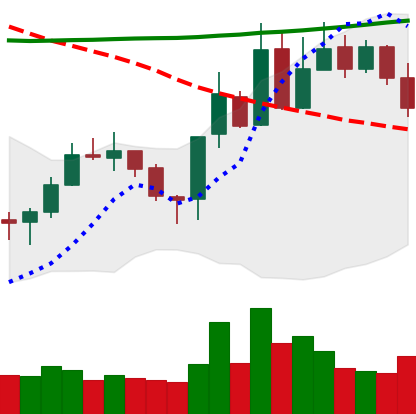
Ticker: XLM-USD
Chart end date: 2020-10-26
Forward return: -3.997%
Label: down_3_5